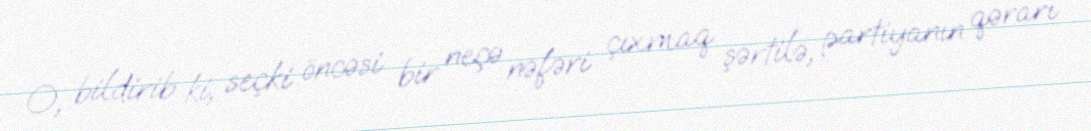
O, bildirib ki, seçki öncəsi bir neçə nəfəri çıxmaq şərtilə, partiyanın qərarı